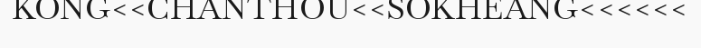
KONG<<CHANTHOU<<SOKHEANG<<<<<<